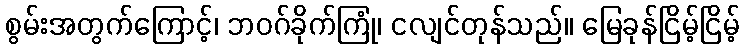
စွမ်းအတွက်ကြောင့်၊ ဘဝဂ်ခိုက်ကြုံ၊ ငလျင်တုန်သည်။ မြေခုန်ငြိမ့်ငြိမ့်